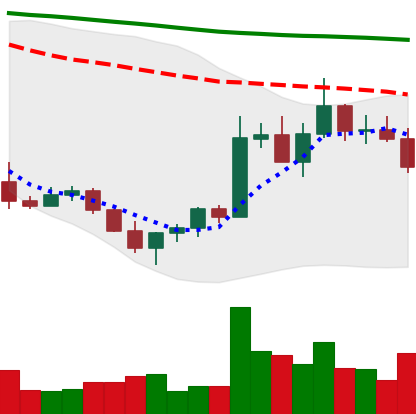
Ticker: ADA-USD
Chart end date: 2022-11-02
Forward return: 4.71%
Label: up_3_5